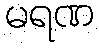
မရဏ